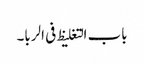
باب التغلیظ فی الربا۔